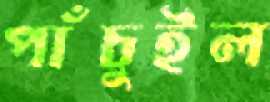
পাঁচুইল